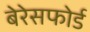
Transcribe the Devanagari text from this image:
बेरेसफोर्ड